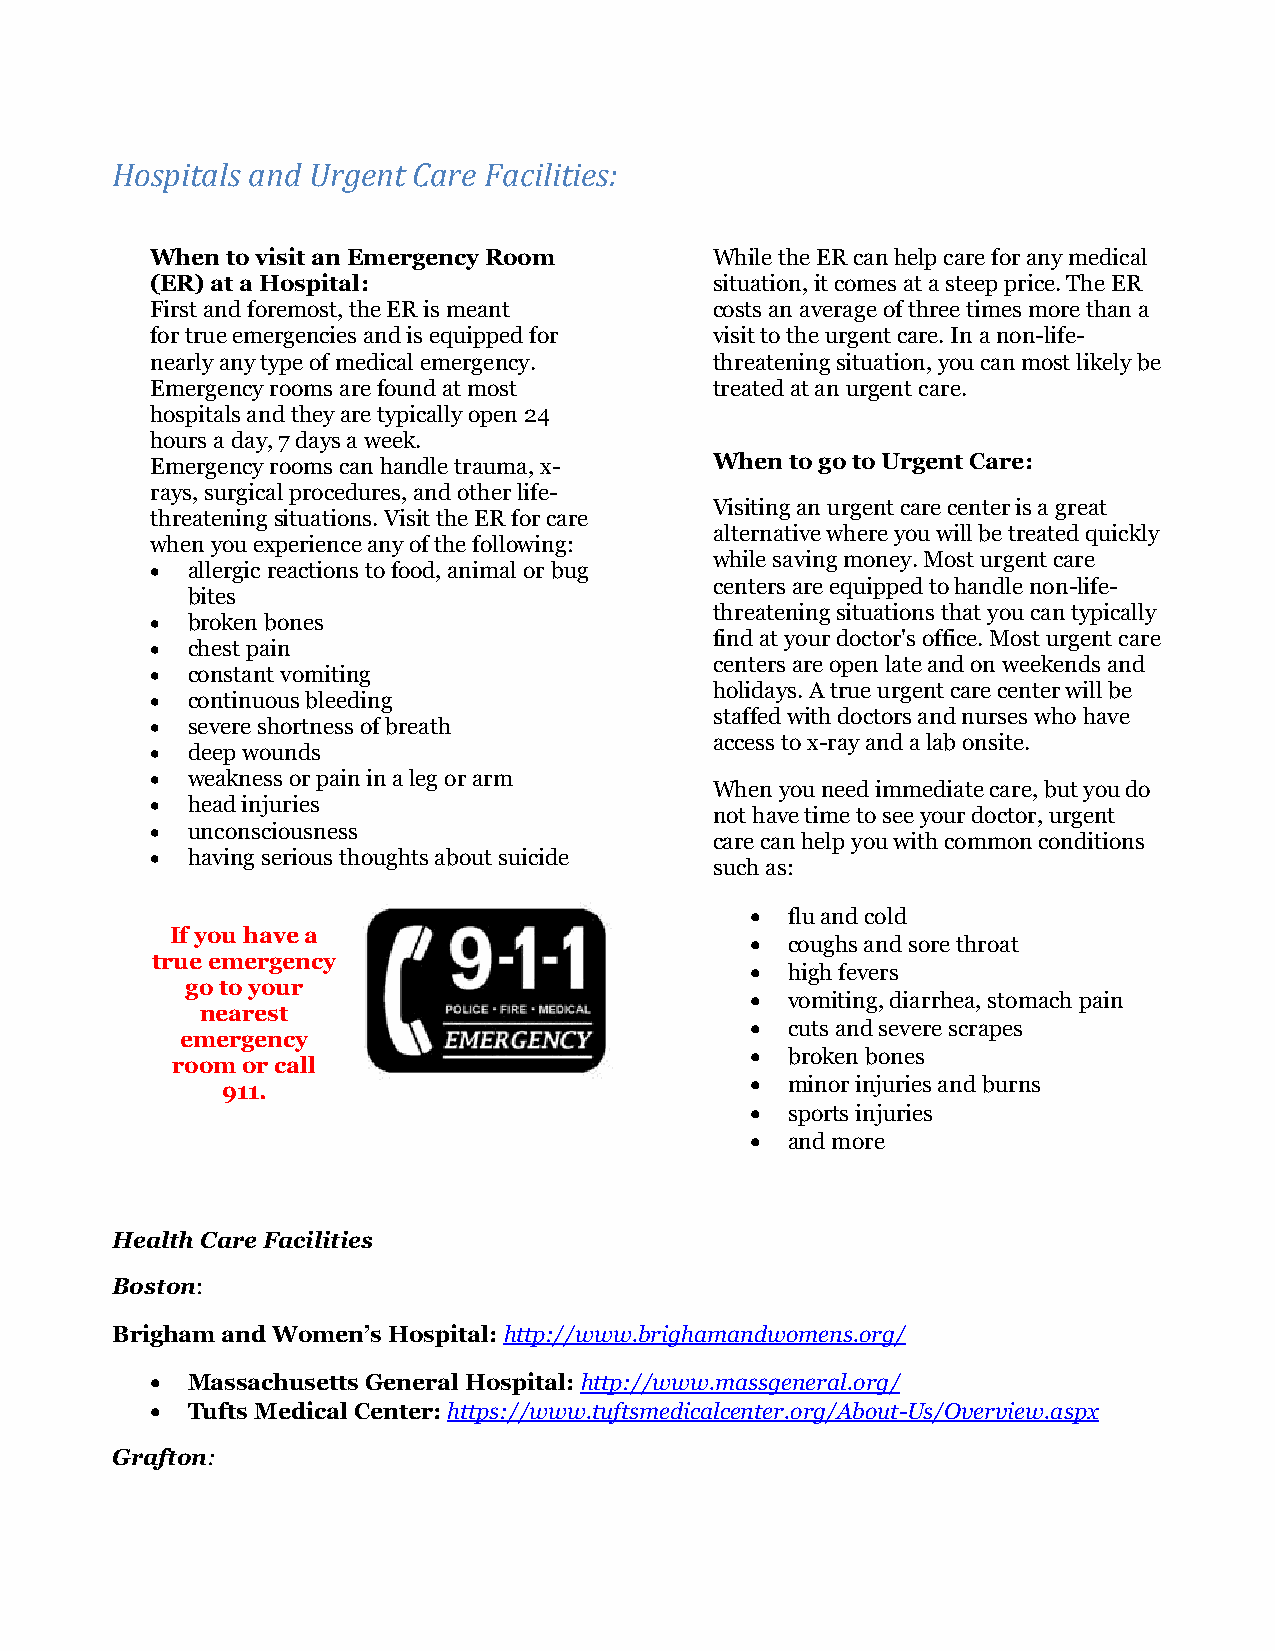
Hospitals and Urgent Care Facilities:
 When to visit an Emergency Room      While the ER can help care for any medical
 (ER) at a Hospital:                  situation, it comes at a steep price. The ER
 First and foremost, the ER is meant  costs an average of three times more than a
 for true emergencies and is equipped for visit to the urgent care. In a non-life-
 nearly any type of medical emergency. threatening situation, you can most likely be
 Emergency rooms are found at most    treated at an urgent care.
 hospitals and they are typically open 24
 hours a day, 7 days a week.
 Emergency rooms can handle trauma, x- When to go to Urgent Care:
 rays, surgical procedures, and other life-
 Visiting an urgent care center is a great
 threatening situations. Visit the ER for care
 alternative where you will be treated quickly
 when you experience any of the following:
 while saving money. Most urgent care
 • allergic reactions to food, animal or bug
 centers are equipped to handle non-life-
 bites
 threatening situations that you can typically
 • broken bones
 find at your doctor's office. Most urgent care
 • chest pain
 centers are open late and on weekends and
 • constant vomiting
 holidays. A true urgent care center will be
 • continuous bleeding
 staffed with doctors and nurses who have
 • severe shortness of breath
 access to x-ray and a lab onsite.
 • deep wounds
 • weakness or pain in a leg or arm
 When you need immediate care, but you do
 • head injuries
 not have time to see your doctor, urgent
 • unconsciousness
 care can help you with common conditions
 • having serious thoughts about suicide
 such as:
 • flu and cold
 If you have a
 • coughs and sore throat
 true emergency
 • high fevers
 go to your
 • vomiting, diarrhea, stomach pain
 nearest
 • cuts and severe scrapes
 emergency
 • broken bones
 room or call
 • minor injuries and burns
 911.
 • sports injuries
 • and more
 Health Care Facilities
 Boston:
 Brigham and Women’s Hospital: http://www.brighamandwomens.org/
 • Massachusetts General Hospital: http://www.massgeneral.org/
 • Tufts Medical Center: https://www.tuftsmedicalcenter.org/About-Us/Overview.aspx
 Grafton: